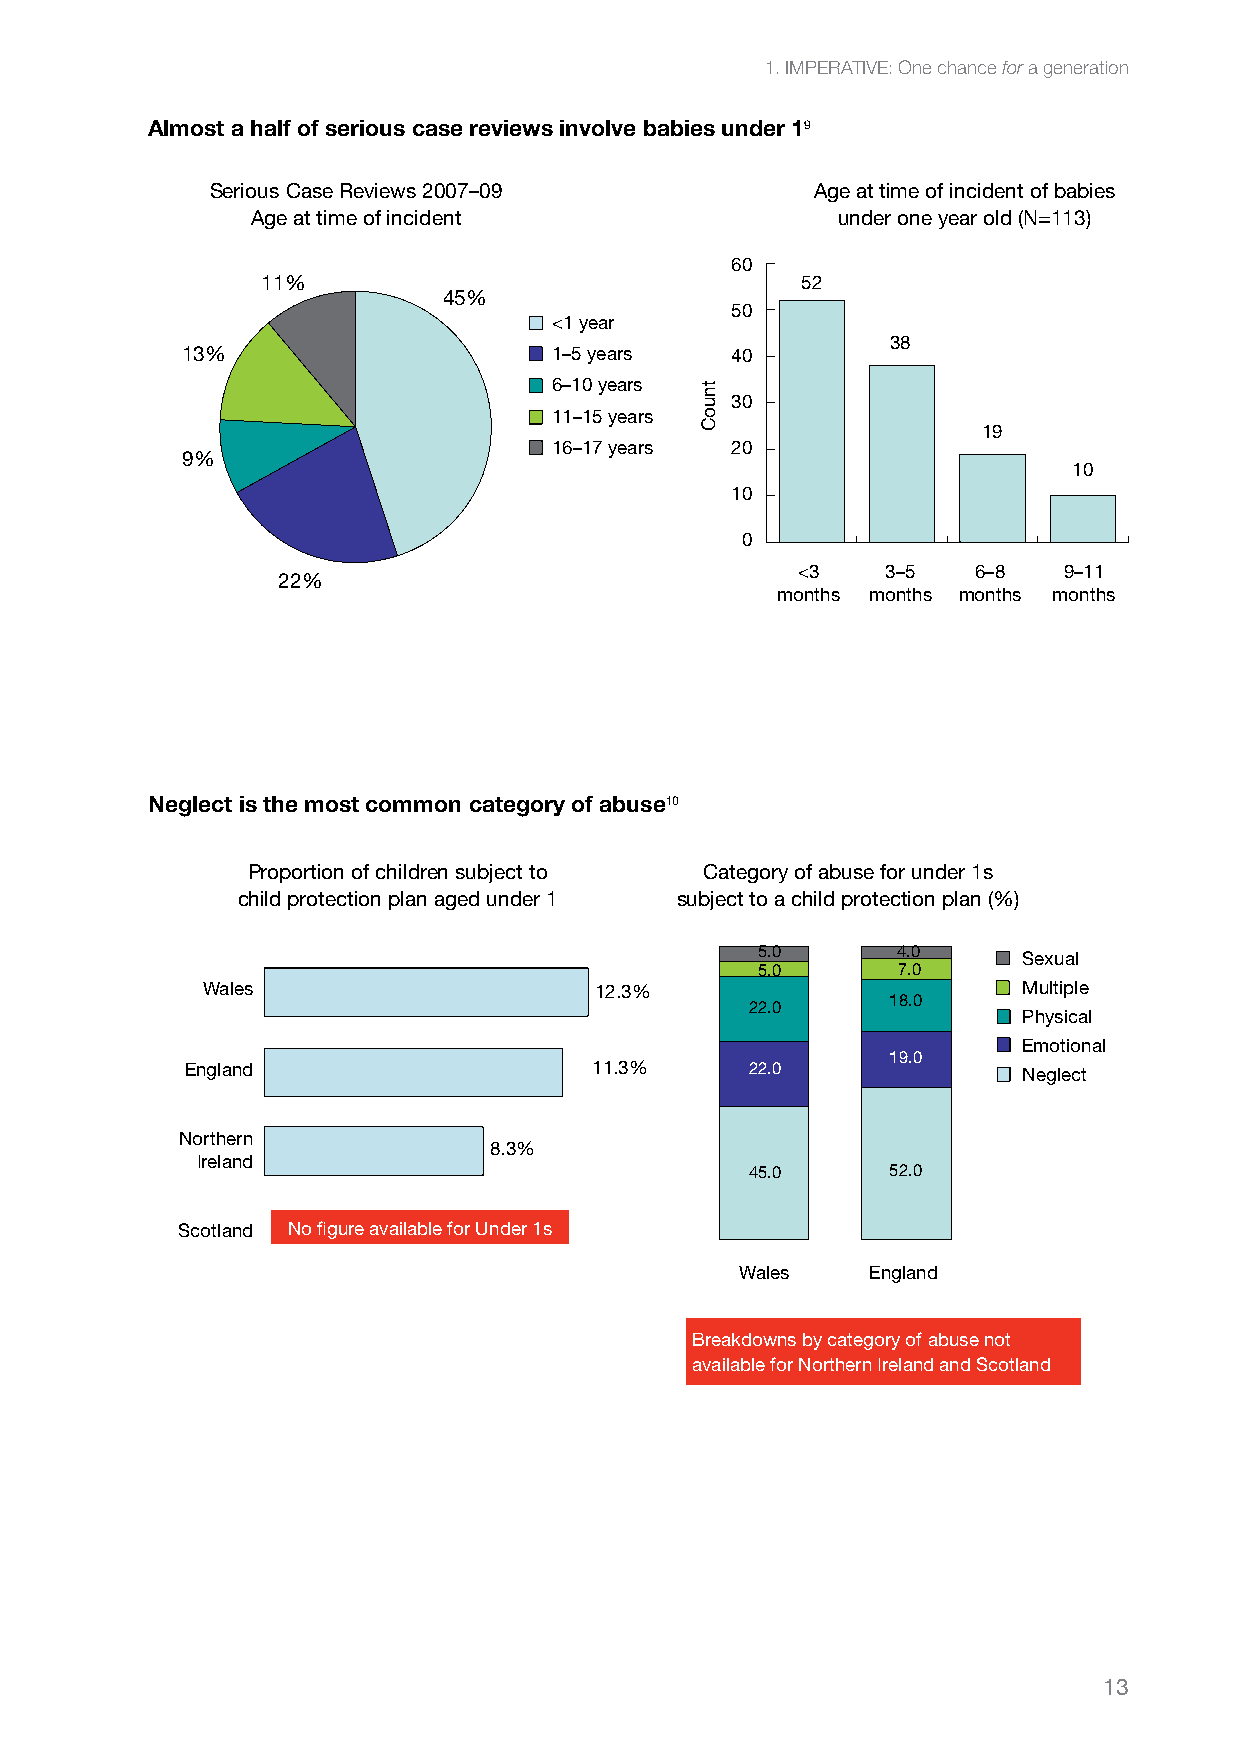
1. IMPERATIVE: One chance for a generation
 Almost a half of serious case reviews involve babies under 19
 Serious Case Reviews 2007–09            Age at time of incident of babies
 Age at time of incident               under one year old (N=113)
 6060
 11%                                 52
 45%
 5050
 <1 year
 38
 13%                     1–5 years   4040
 6–10 years
 3030
 11–15 years
 19
 9%
 16–17 years 2020
 10
 1010
 00
 <3    3–5   6–8  9–11
 22%
 months months months months
 Neglect is the most common category of abuse10
 Proportion of children subject to Category of abuse for under 1s
 child protection plan aged under 1 subject to a child protection plan (%)
 5.0      4.0
 Sexual
 5.0      7.0
 Wales                     12.3%                        Multiple
 18.0
 22.0
 Physical
 Emotional
 19.0
 England                    11.3%      22.0              Neglect
 Northern
 8.3%
 Ireland
 45.0     52.0
 Scotland No figure available for Under 1s
 Wales    England
 Breakdowns by category of abuse not
 available for Northern Ireland and Scotland
 13
 tnuoC